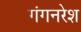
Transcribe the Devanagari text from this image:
गंगनरेश